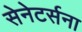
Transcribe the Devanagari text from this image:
सेनेटर्सना